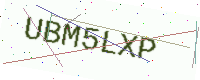
Text: UBM5LXP